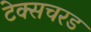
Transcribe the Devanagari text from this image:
टेक्सचरड